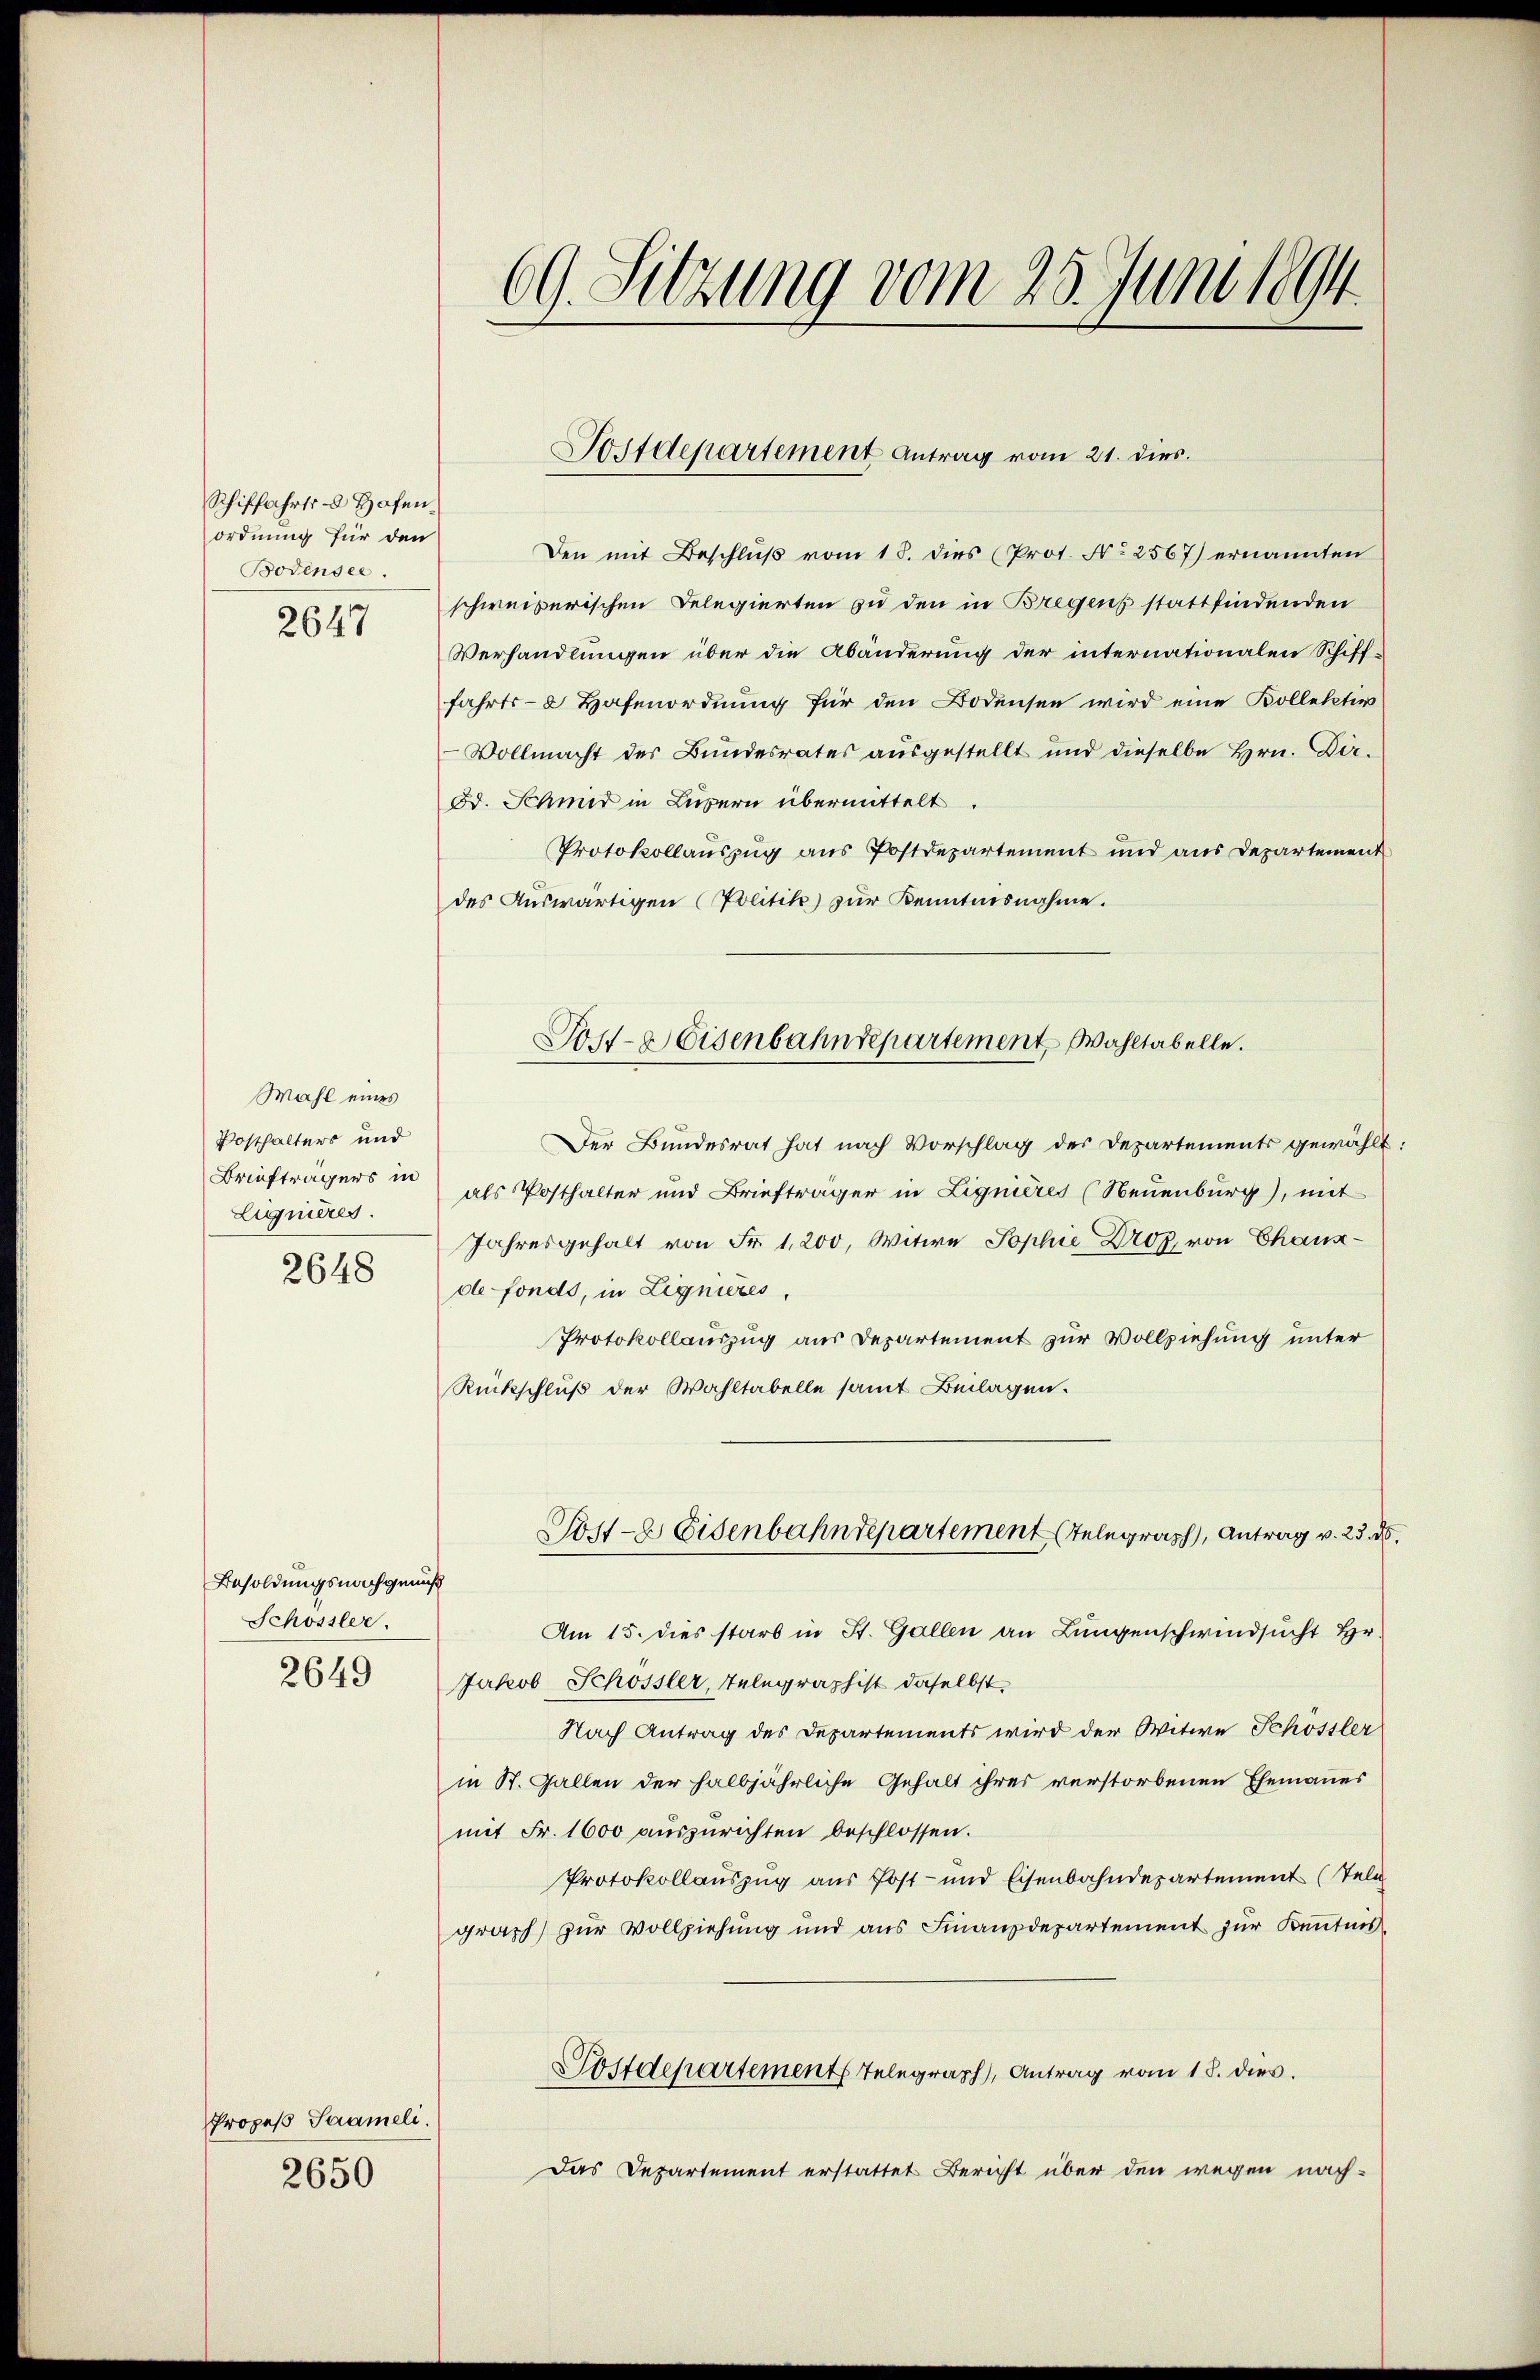
Schiffahrts - Hafen
ordnung für den
Bodensee.

2647

Wahl eines
Posthalters und
Briefträgers in
Eignieres.
2648

Besoldungsnachgenuß
Schössler.
2649

Propes Saameli.
2650

69. Sitzung vom 25. Juni 1891

Den mit Beschluß vom 18. dies (Prot. No 2567) ernannten
schweizerischen Delegierten zu den in Bregens stattfindenden
Verhandlungen über die Abänderung der internationalen Schifffahrts- 2 Hafenordnung für den Bodensen wird eine Kollektio
-Vollmacht der Bundesrates aŭsgestellt und dieselbe Hrn. Der-
od. Schmer in Luzern übermittelt
Protokollauszug aus Postdepartement und aus Departement
des Auswärtigen (Politik zur Kenntnisnahme.
Der Bundesrat hat nach Vorschlag des Departements gewählt:
als Posthalter und Briefträger in Lignieres (Neuenburg), mit
Jahresgehalt von Fr. 1,200, Witwe Sophie Droz. von Chaux-
de fondo, in Lignieres,
Protokollauszug aus Departement zur Vollziehung unter
Rückschluß der Wahltabelle samt Beilagen.
Post-E. Eisenbahndepartement Telegraph, Antrag v. 25. ds.
Am 15. dies starb in St. Gallen an Lungenschwindsucht Hr.
Jakob Schössler, Telegraphist daselbst,
Nach Antrag des Departements wird der Witwe Schössler
in St. Gallen der halbjährliche Gehalt ihres verstorbenen Ehemannes
mit Fr. 1600 auszurichten beschlossen.
Protokollauszug aus Post- und Eisenbahndepartement (Tele
graph zur Vollziehung und aus Finanzdepartement zur Kenntnis¬
Postdepartement Telegraph, Antrag vom 18. dies
Das Departement erstattet Bericht über den wegen nach-

Postdepartement Antrag vom 21. dies

Post- & Eisenbahndepartement Wahltabelle.